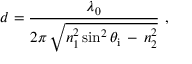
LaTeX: d = { \frac { \lambda _ { 0 } } { 2 \pi \, { \sqrt { n _ { 1 } ^ { 2 } \sin ^ { 2 } \theta _ { \mathrm { i } } \, - \, n _ { 2 } ^ { 2 } } } } } ~ ,